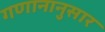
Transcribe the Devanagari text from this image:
गणानानुसार